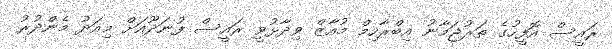
ރައީސް އޮފީހުގެ ތަރުޖަމާނު އިބްރާހިމް މުއާޒް ވިދާޅުވީ ރައީސް ފުނަދޫއަށް މިއަދު މެންދުރު